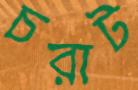
চরাট